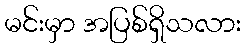
မင်းမှာ အပြစ်ရှိသလား